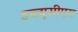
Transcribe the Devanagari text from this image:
डब्ल्यूसीएस